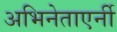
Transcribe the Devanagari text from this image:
अभिनेताएर्नी